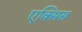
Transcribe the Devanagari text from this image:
एक्‍सिस